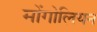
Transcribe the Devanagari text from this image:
मोंगोलियन